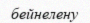
бейнелену